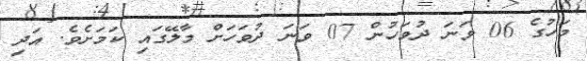
މަހުގެ 06 ވަނަ ދުވަހުން 07 ވަނަ ދުވަހަށް މާލޭގައި ކަމަށެވެ. އަދި